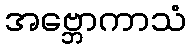
အဗ္ဘောကာသံ